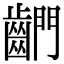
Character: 𪘶